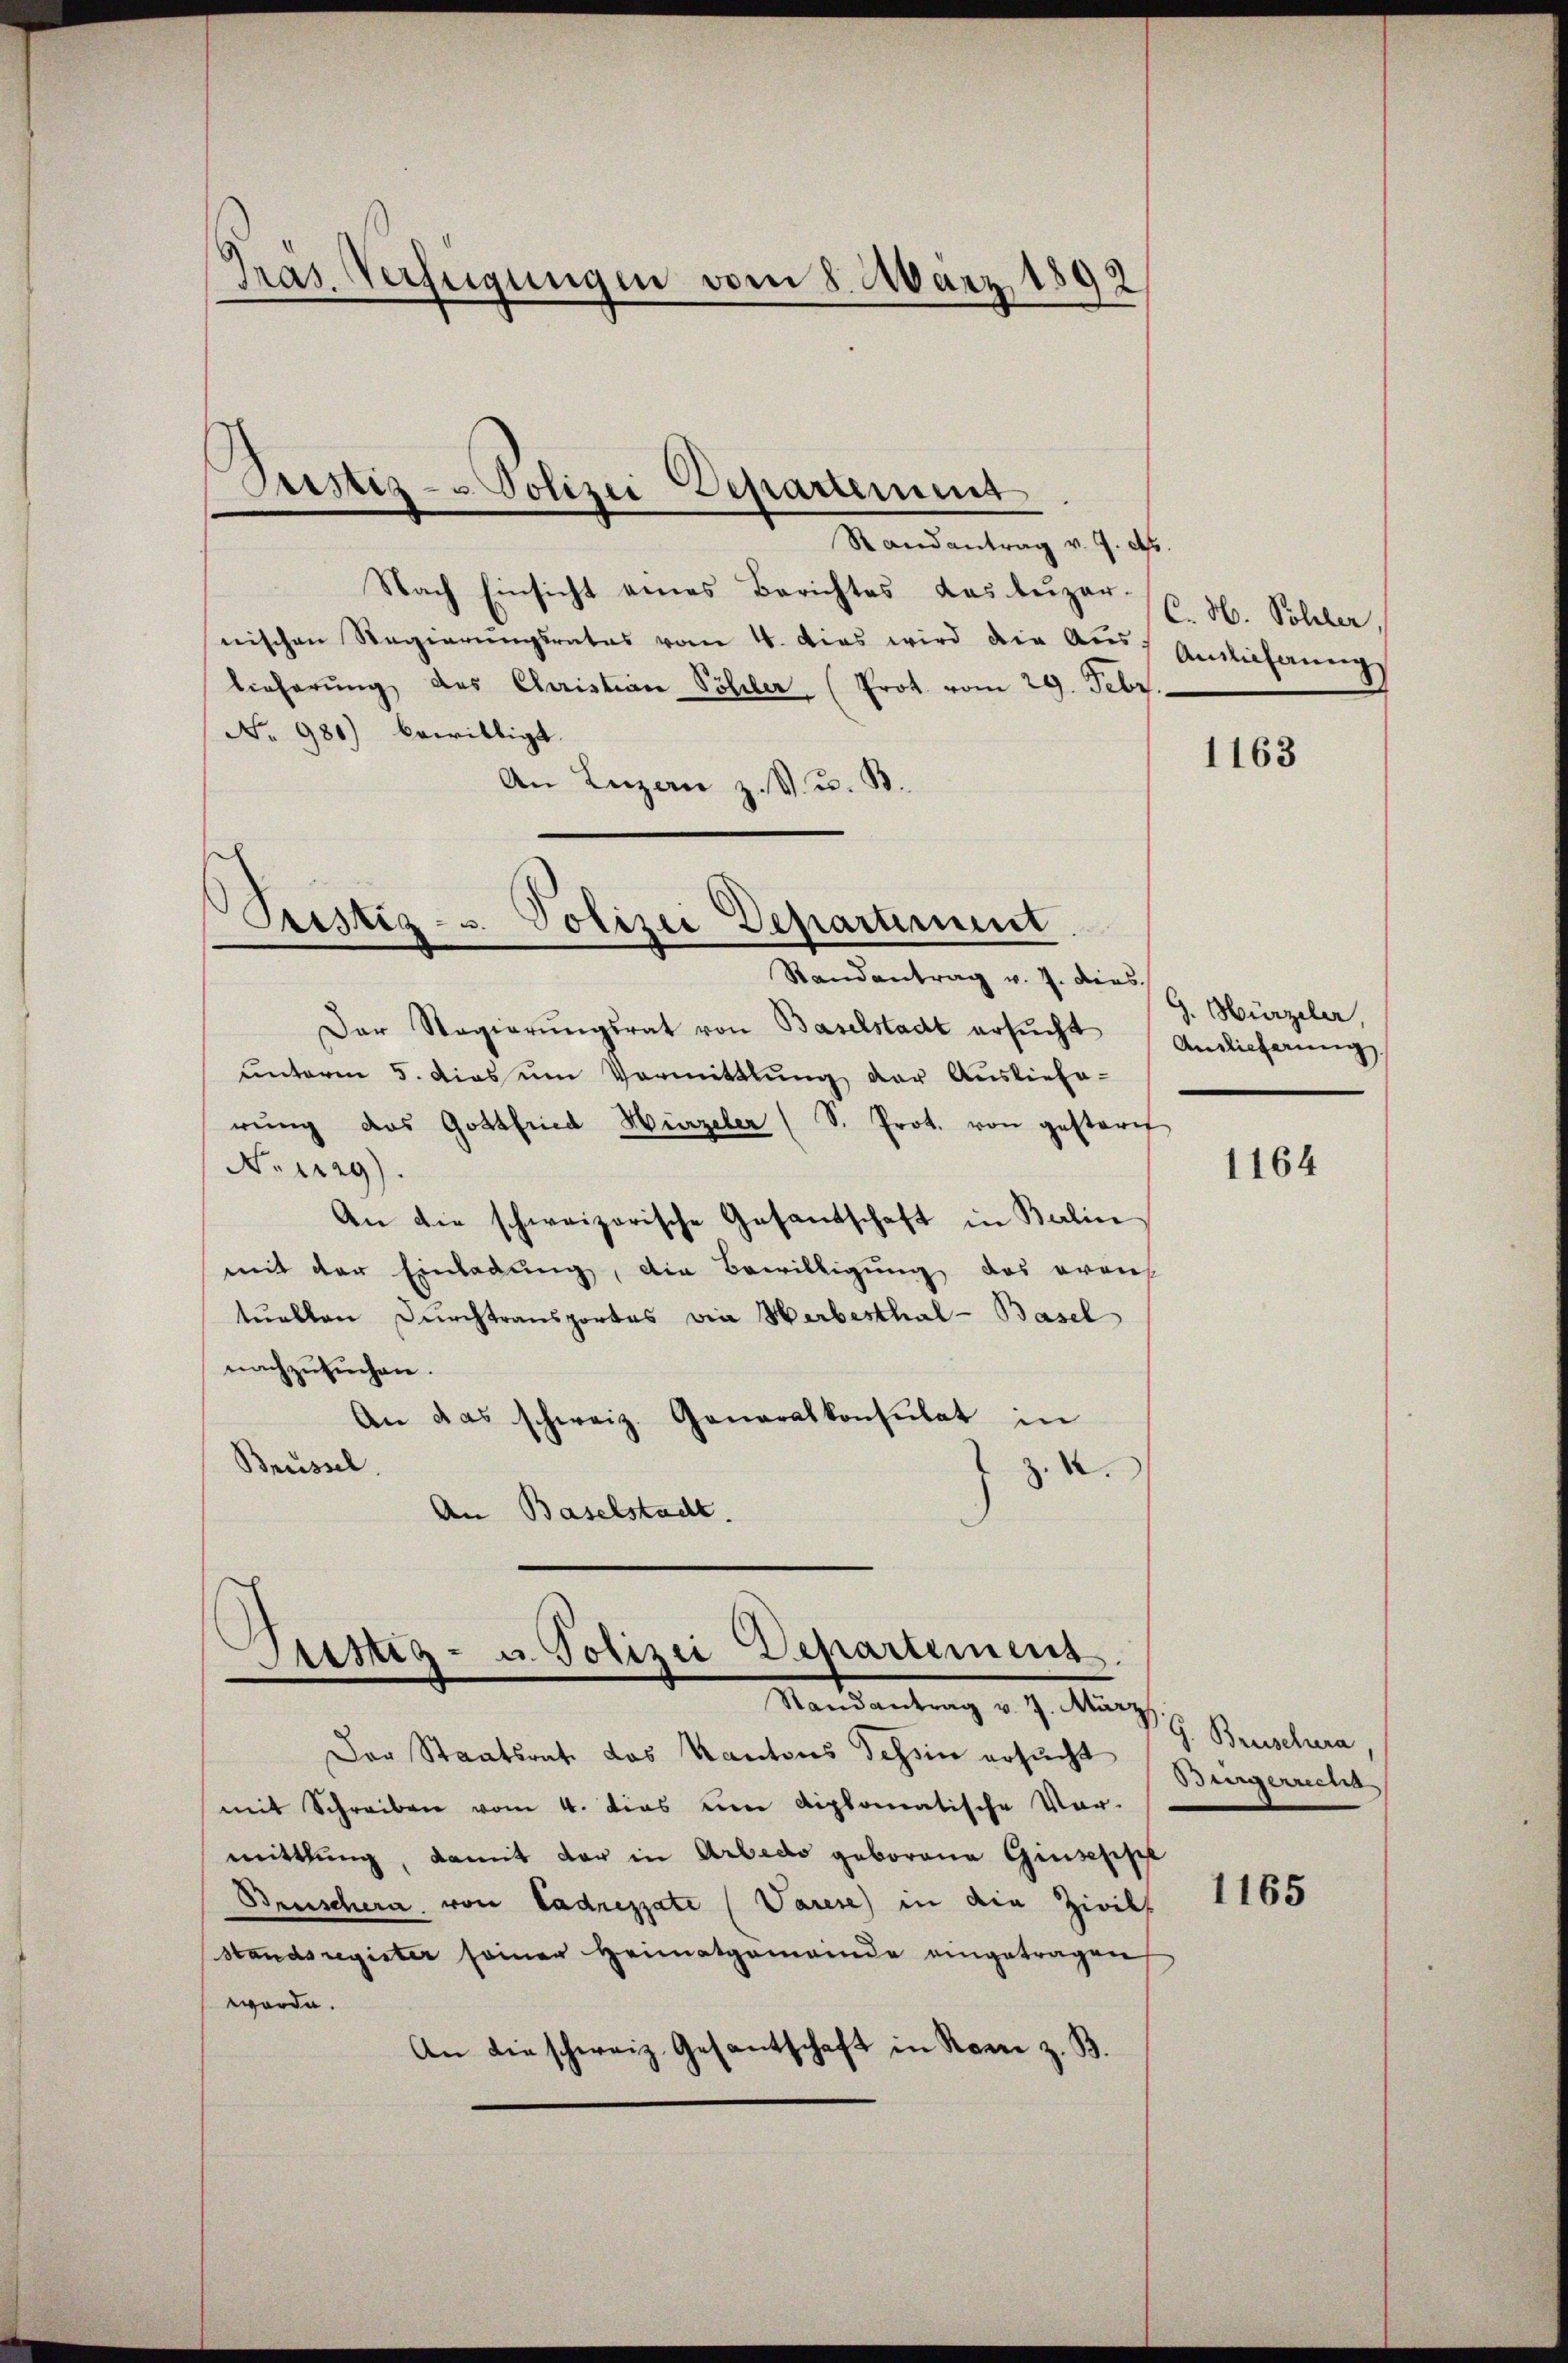
Präs. Verfügungen vom 8. März 1892

Justiz- u Polizei Departement
Randantrag v. 9. d.

Nach Einsicht eines Berichtes das Lŭzer (E. H. Schler,
nischen Regierŭngsrates vom 4. dies wird die Aŭs- Anlichungs
lieferŭng des Christian Söhler (Prot. vom 29. Febr.
No. 980.) bewilligt.
An Luzern z. B. u. B.
Randantrag v. J. dies
Der Regierŭngsrat von Baselstadt ersŭcht Antlicherŭng
ŭnterm 5. dies um Vormittlung der Ausliefe-
rŭng das Gottfried Hirzeler (S. Prot. von gestern
No 129).
An die schweizerische Gesandschaft in Balin
mit der Einladung, die Bewilligung das ereich
tuellen Durchtransportes wie Herbesthal-Basel
nachzusuchen.
An das schweiz. Generalkonsulat in
Brüssel.
z. 4.
An Baselstadt.

Seistiz- u. Polizei Departement.

Sistig- u. Polizei Departement
Mandantung v. J. Nach

Der Staatsrat das Kantons Tessin ersucht
mit Schreiben vom 4. dies um diplomatische Vor-
mittlung, damit der in Arbedo geborene Giuseppe
Beuschera von Ladrezzate (Varese in die Zivils
Standsregister seiner Heimatgemeinde eingetragen,
worden.
An die schweiz. Gesantschaft in Ronn z. B.

1163

G. Hürzeler,

1164

G. Bruschera
Burgerrecht

1165